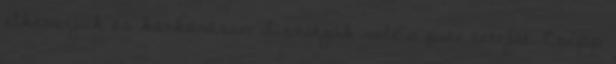
elkeverjük és körkörösen díszítjük vele a pite tetejét. Csepp